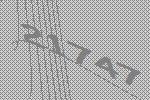
21747